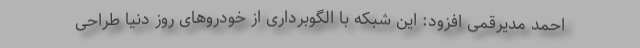
احمد مدیرقمی افزود: این شبکه با الگوبرداری از خودروهای روز دنیا طراحی